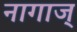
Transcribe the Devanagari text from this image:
नागाज्